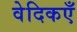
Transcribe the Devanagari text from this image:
वेदिकएँ